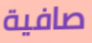
صافية